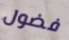
فضول